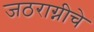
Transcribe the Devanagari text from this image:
जठराग्नीचे